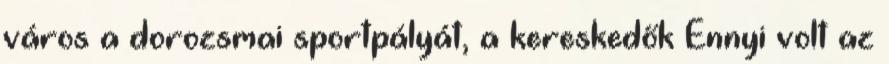
város a dorozsmai sportpályát, a kereskedők Ennyi volt az